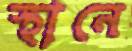
স্থানে